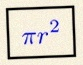
\pi r^2